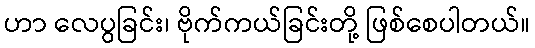
ဟာ လေပွခြင်း၊ ဗိုက်ကယ်ခြင်းတို့ ဖြစ်စေပါတယ်။